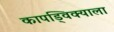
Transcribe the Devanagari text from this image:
कापड्विक्याला